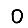
Digit: 0